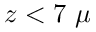
z < 7 ~ \mu